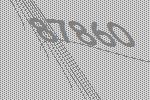
87860